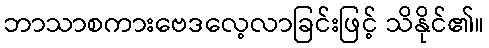
ဘာသာစကားဗေဒလေ့လာခြင်းဖြင့် သိနိုင်၏။